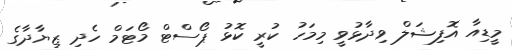
މީޑިއާ އޮފިޝަލް ވިދާޅުވީ މިމަހު ކުރީ ކޮޅު ޕޯސްޓް މޯޓަމް ހެދި ޒިޔާދާގެ